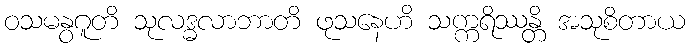
ဝသမနွဂူတိ သုလဒ္ဓလာဘာတိ ဖုသနေဟိ သက္ကရိဿန္တိ အသုစိတာယ